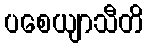
ပစေယျာသီတိ